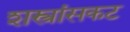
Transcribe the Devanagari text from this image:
शस्त्रांसकट